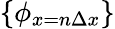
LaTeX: \{ \phi_{x=n\Delta x}\}